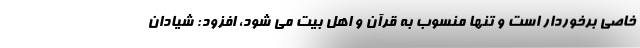
خاصی برخوردار است و تنها منسوب به قرآن و اهل بیت می شود، افزود: شیادان